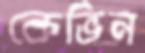
কেভিন